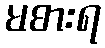
မစားရ